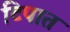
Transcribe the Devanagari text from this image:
टिपात